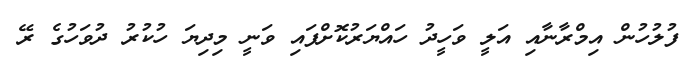
ފުލުހުން އިމްރާނާއި އަލީ ވަހީދު ހައްޔަރުކޮށްފައި ވަނީ މިދިޔަ ހުކުރު ދުވަހުގެ ރޭ